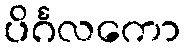
ပိင်္ဂလကော